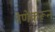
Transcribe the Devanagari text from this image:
तेणेकरून